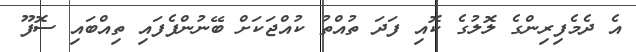
އެ ދެމެފިރިންގެ ލޮލުގެ ކޮއި ފަދަ ތުއްތު ކުއްޖަކަށް ބޭނުންފެފައި ތިއްބައި ސޮފޫ